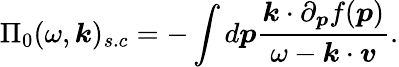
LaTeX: \Pi_{0}(\omega,\boldsymbol{k})_{s.c}=-\int d\boldsymbol{p}\frac{\boldsymbol{k}\cdot\partial_{\boldsymbol{p}}f(\boldsymbol{p})}{\omega-\boldsymbol{k}\cdot\boldsymbol{v}}.